Vaccination in Burma 1889-1999 - 1889-1999
Year: 1889
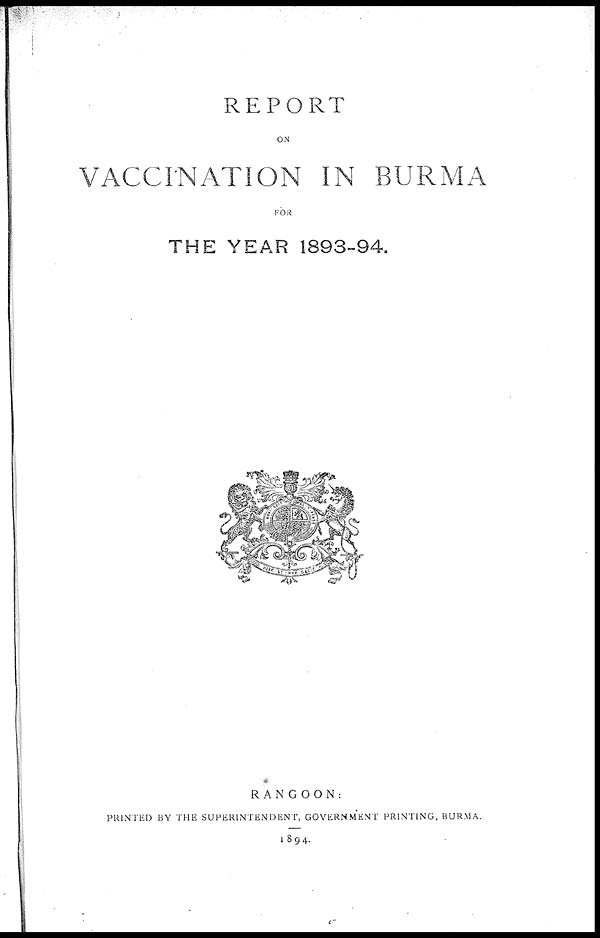
REPORT
ON
VACCINATION IN BURMA
FOR
THE YEAR 1893-94.
RANGOON:
PRINTED BY THE SUPERINTENDENT, GOVERNMENT PRINTING, BURMA.
1894.